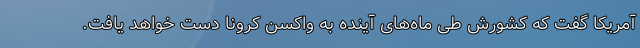
آمریکا گفت که کشورش طی ماه‌های آینده به واکسن کرونا دست خواهد یافت.